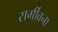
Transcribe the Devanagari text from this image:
सर्गीवना